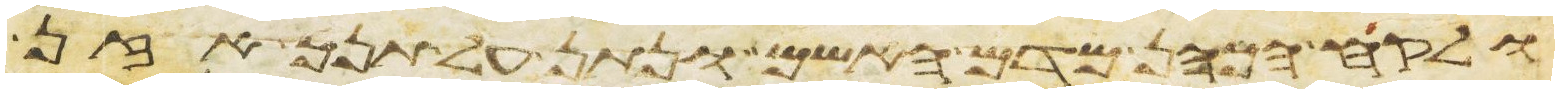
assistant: ולקח הכהן מדם האשם ונתן על תנך אזן